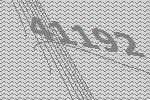
41192